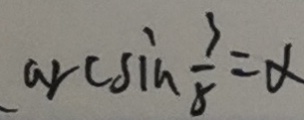
\arcsin \frac { 3 } { 8 } = \alpha